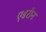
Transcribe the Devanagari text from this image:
एडरीन